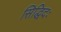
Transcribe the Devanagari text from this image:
सिद्धिदः